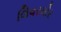
લિવરમોર